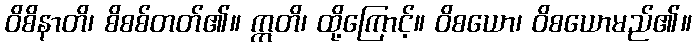
ဝိစိနာတိ၊ စိစစ်တတ်၏။ ဣတိ၊ ထို့ကြောင့်။ ဝိစယော၊ ဝိစယောမည်၏။